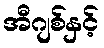
အီဂျစ်နှင့်